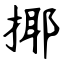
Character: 揶